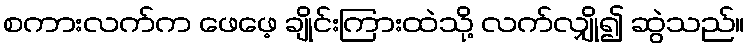
စကားလက်က ဖေဖေ့ ချိုင်းကြားထဲသို့ လက်လျှို၍ ဆွဲသည်။